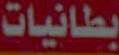
بطانيات